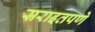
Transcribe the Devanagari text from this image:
सराइतपणे